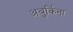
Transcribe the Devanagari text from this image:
अबुर्किना